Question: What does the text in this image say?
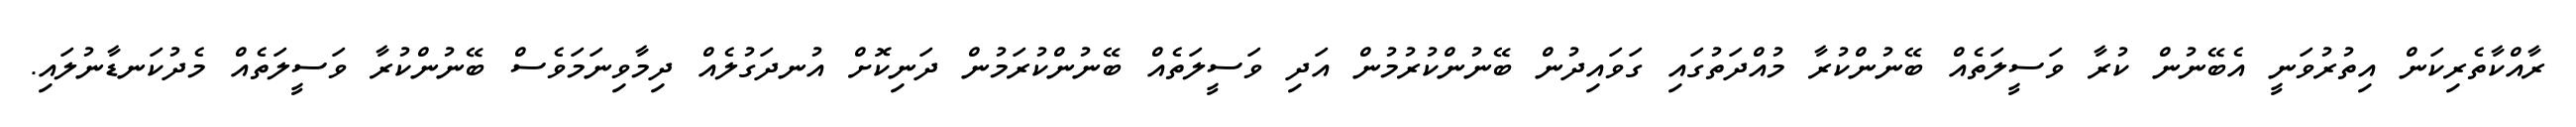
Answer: ރާއްކާތެރިކަން އިތުރުވަނީ އެބޭނުން ކުރާ ވަސީލަތެއް ބޭނުންކުރާ މުއްދަތުގައި ގަވައިދުން ބޭނުންކުރުމުން އަދި ވަސީލަތެއް ބޭނުންކުރަމުން ދަނިކޮށް އުނދަގުލެއް ދިމާވިނަމަވެސް ބޭނުންކުރާ ވަސީލަތެއް މެދުކަނޑާނުލައި.